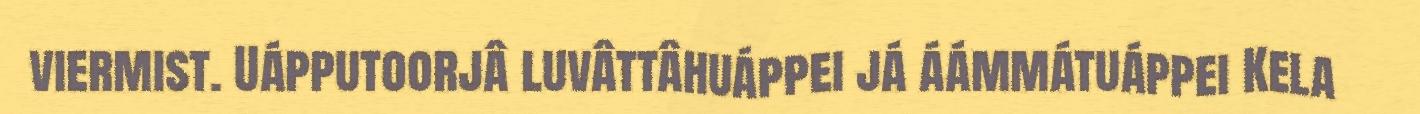
viermist. Uápputoorjâ luvâttâhuáppei já áámmátuáppei Kela